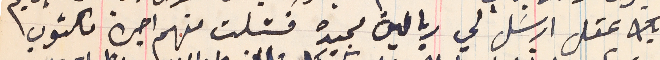
بك عقل ارسَل لي ريالين مجيده فشلت منهم اجرة مكتوب